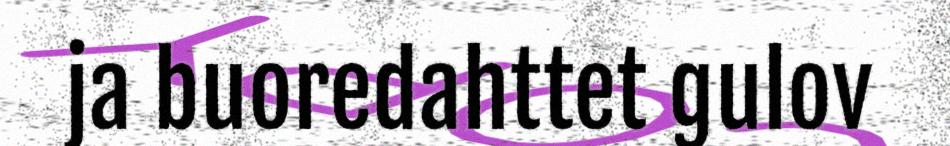
ja buoredahttet gulov